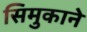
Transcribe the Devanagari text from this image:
सिमुकाने